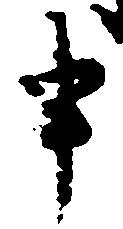
申